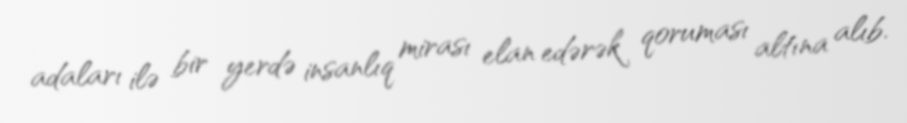
adaları ilə bir yerdə insanlıq mirası elan edərək qoruması altına alıb.